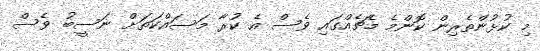
މި ކުޅުންތެރިން ކޮންމެ މެޗެއްގައި ވެސް އެ ކުރާ މަސައްކަތަށް ނަސީބު ވެސް